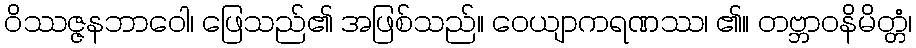
ဝိဿဇ္ဇနဘာဝေါ၊ ဖြေသည်၏ အဖြစ်သည်။ ဝေယျာကရဏဿ၊ ၏။ တဗ္ဘာဝနိမိတ္တံ၊